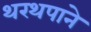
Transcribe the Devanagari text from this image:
थरथपाने